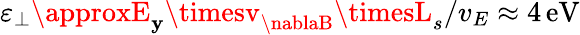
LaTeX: \varepsilon_{\perp}\approxE_{\mathbf{y}}\timesv_{\nablaB}\timesL_{s}/v_{E}\approx4\, \mathrm{{eV}}